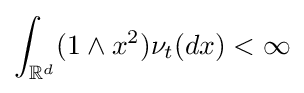
\int _{\mathbb {R} ^{d}}(1\wedge x^{2})\nu _{t}(dx)<\infty